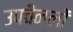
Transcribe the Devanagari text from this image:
उपचैनलों